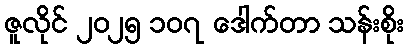
ဇူလိုင် ၂၀၂၅ ၁၀၇ ဒေါက်တာ သန်းစိုး